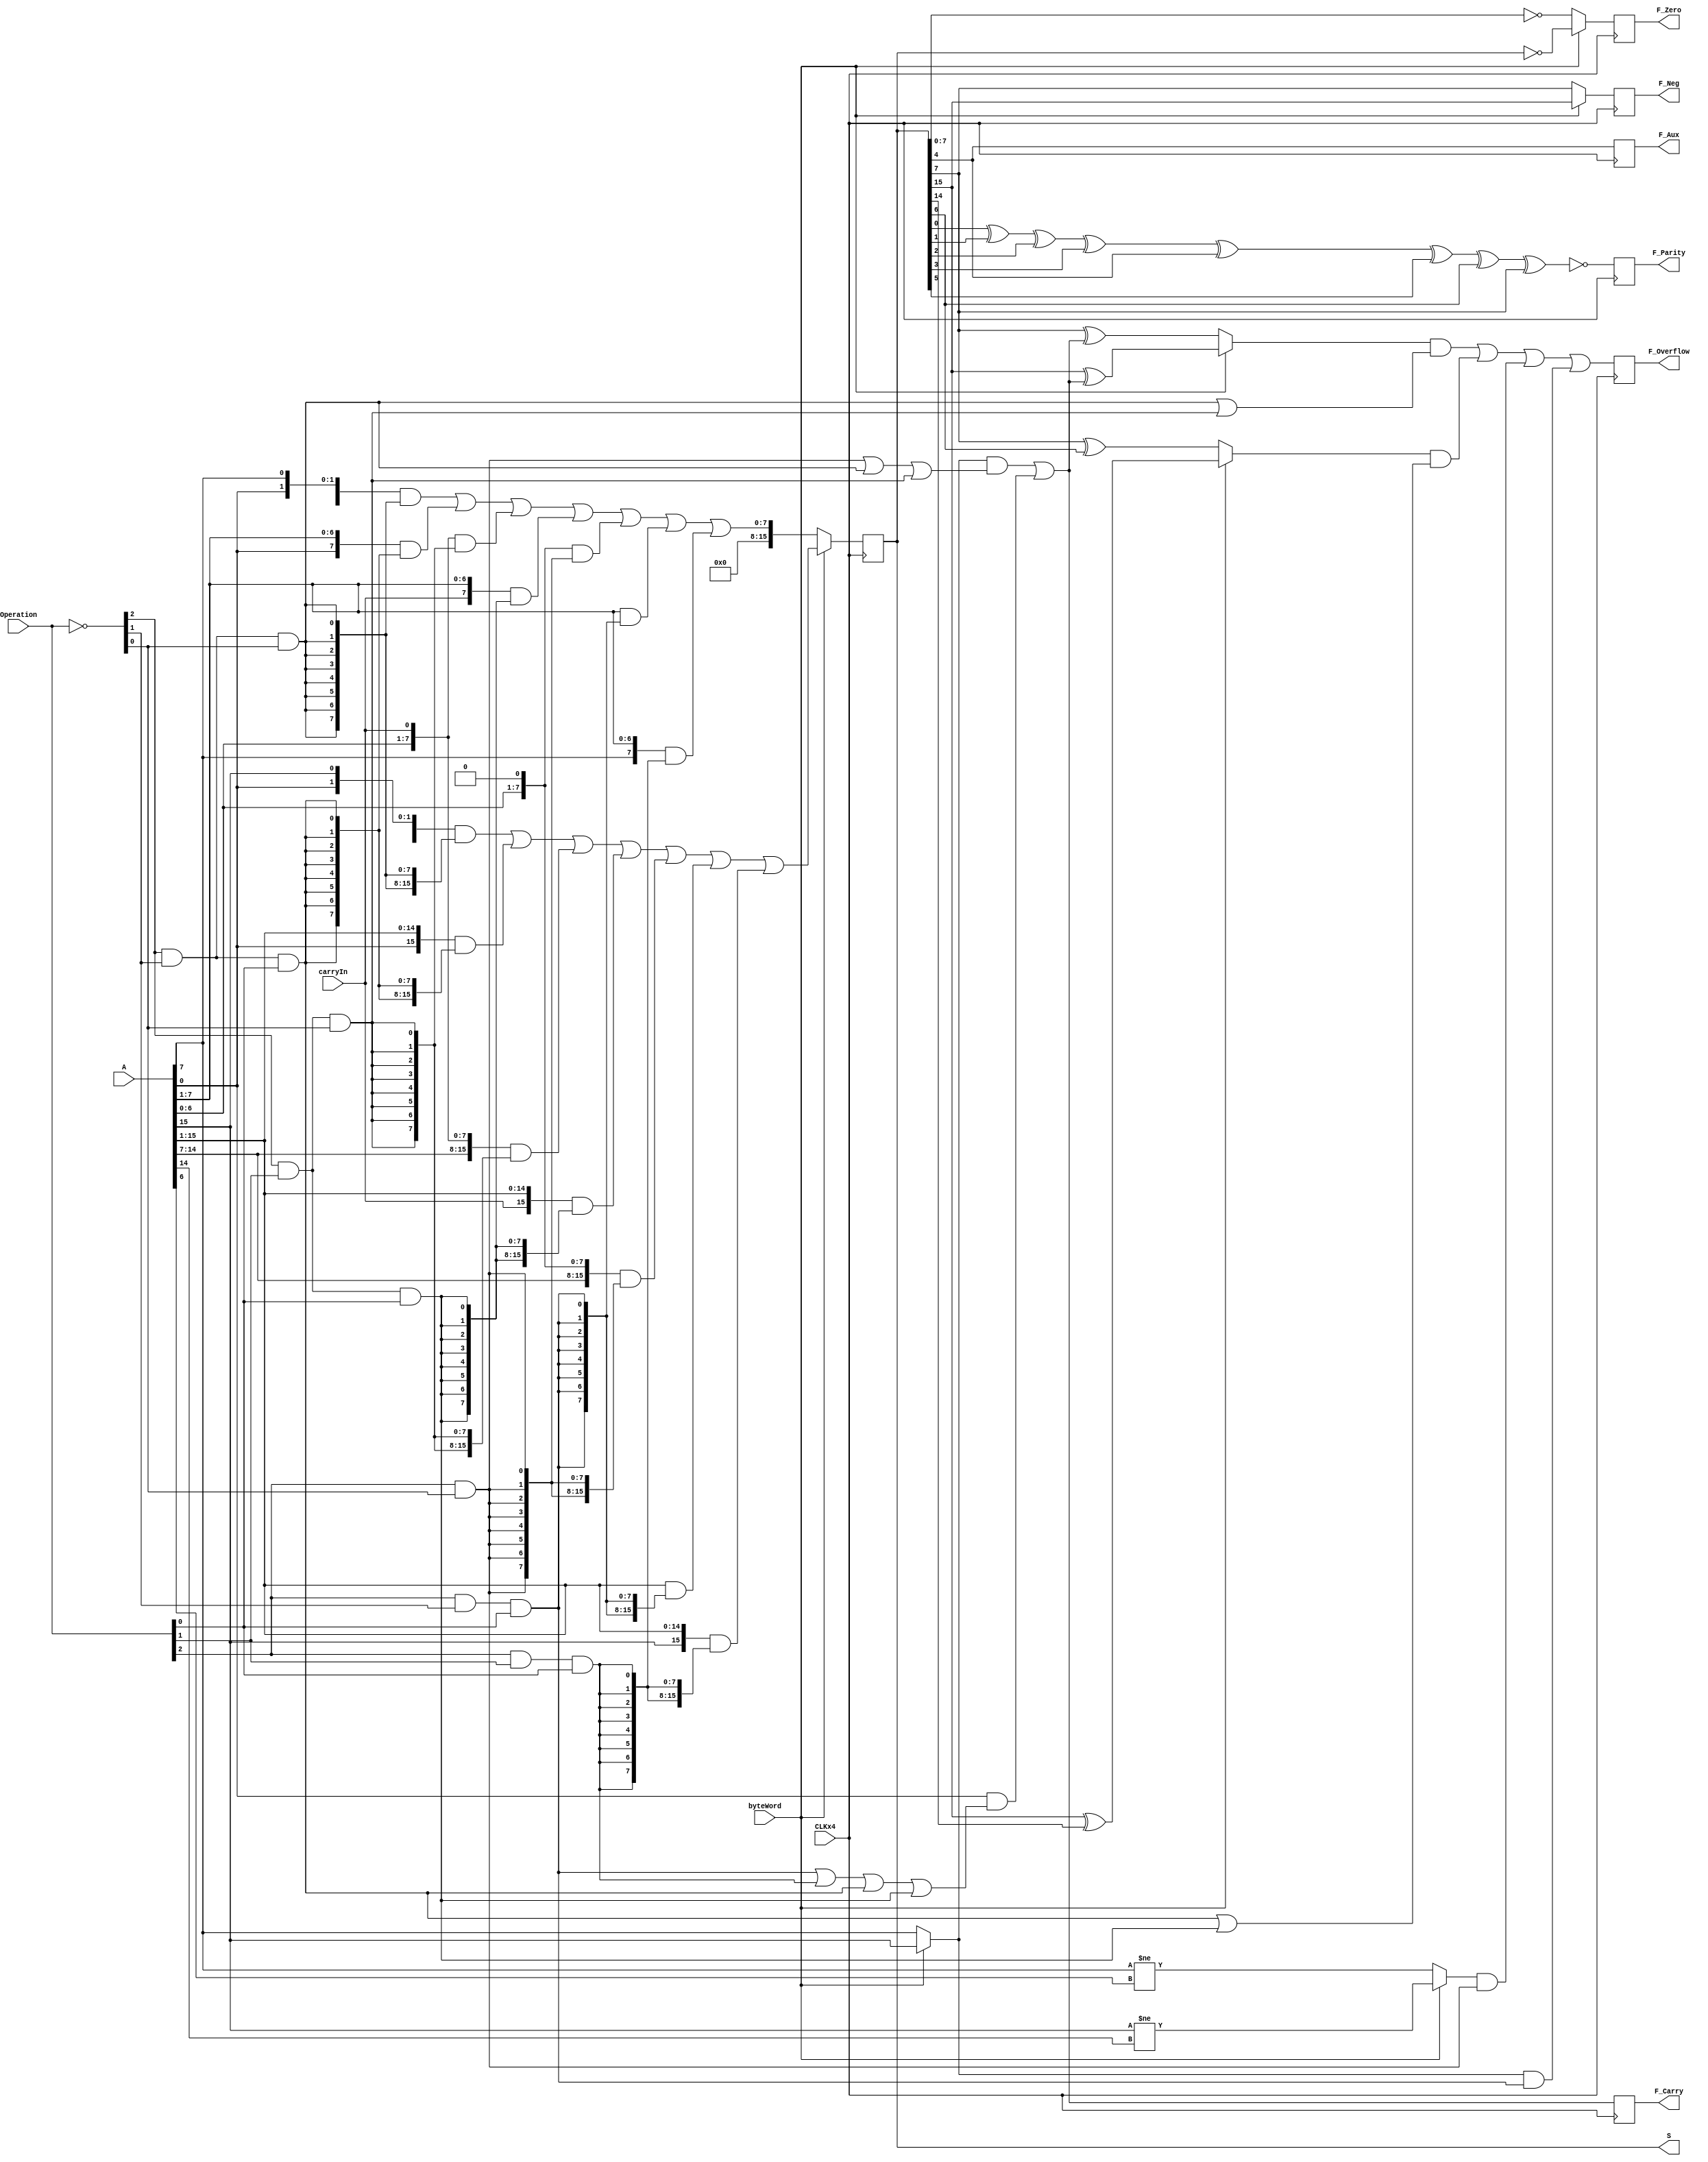

// Shifter 
// 000 ROL
// 001 ROR
// 010 RCL
// 011 RCR
// 100 SHL/SAL
// 101 SHR
// ----(SAL undocumented) SHL mirror
// 111 SAR

module shifter
  (
      input CLKx4,
      input [15:0] A,
      input [2:0] Operation,
      input byteWord,
      input carryIn,
      output reg [15:0] S,

      output reg F_Overflow,
      output reg F_Neg,
      output reg F_Zero,
      output reg F_Aux,
      output reg F_Parity,
      output reg F_Carry
  );

//Generate adder (allows us to extract multiple carries)

wire [15:0] result16;
wire [7:0] result8;

wire o,c;

wire [2:0] OperationL;
wire [15:0] OperationRol;
wire [15:0] OperationRor;
wire [15:0] OperationRcl;
wire [15:0] OperationRcr;
wire [15:0] OperationShl;
wire [15:0] OperationShr;
wire [15:0] OperationSar;

assign OperationL = ~Operation;

assign OperationRol     = {16{OperationL[2] & OperationL[1] & OperationL[0] }};
assign OperationRor     = {16{OperationL[2] & OperationL[1] & Operation [0] }};
assign OperationRcl     = {16{OperationL[2] & Operation [1] & OperationL[0] }};
assign OperationRcr     = {16{OperationL[2] & Operation [1] & Operation [0] }};
assign OperationShl     = {16{Operation [2] & /*OperationL[1] &*/ OperationL[0] }}; //4 & 6 are aliased
assign OperationShr     = {16{Operation [2] & OperationL[1] & Operation [0] }};
assign OperationSar     = {16{Operation [2] & Operation [1] & Operation [0] }};

assign result8  = 
                  ({A[ 6:0],A[7]} & OperationRol[7:0]) |      // ROL
                  ({A[0],A[ 7:1]} & OperationRor[7:0]) |      // ROR
                  ({A[ 6:0],carryIn} & OperationRcl[7:0]) |   // RCL
                  ({carryIn,A[ 7:1]} & OperationRcr[7:0]) |   // RCR
                  ({A[ 6:0],1'b0} & OperationShl[7:0]) |      // SHL/SAL
                  ({1'b0,A[ 7:1]} & OperationShr[7:0]) |      // SHR
                  ({A[7],A[ 7:1]} & OperationSar[7:0]);       // SAR
assign result16 = 
                  ({A[14:0],A[15]} & OperationRol[15:0]) |    // ROL
                  ({A[0],A[15:1]} & OperationRor[15:0]) |     // ROR
                  ({A[14:0],carryIn} & OperationRcl[15:0]) |  // RCL
                  ({carryIn,A[15:1]} & OperationRcr[15:0]) |  // RCR
                  ({A[14:0],1'b0} & OperationShl[15:0]) |     // SHL
                  ({1'b0,A[15:1]} & OperationShr[15:0]) |     // SHR
                  ({A[15],A[15:1]} & OperationSar[15:0]);     // SAR

assign o = 
            ((byteWord ? (S[15] ^ c) : (S[7] ^ c)) & (OperationRol[0] | OperationRcl[0])) |             //ROL/RCL
            ((byteWord ? (S[15] ^ S[14]) : (S[7] ^ S[6])) & (OperationRor[0] | OperationRcr[0])) |      //ROR/RCR
            ((byteWord ? (A[15]!=A[14]) : (A[7]!=A[6])) & OperationShl[0]) |                            //SHL/SAL
            ((byteWord ? A[15] : A[7]) & OperationShr[0]) |                                             //SHR
            (0 & OperationSar[0]);                                                                      //SAR

assign c = 
            ((byteWord ? A[15] : A[7]) & (OperationShl[0] | OperationRol[0] | OperationRcl[0])) |                          //SHL/SAL/ROL/RCL
            ((byteWord ? A[ 0] : A[0]) & (OperationShr[0] | OperationSar[0] | OperationRor[0] | OperationRcr[0]));         //SHR/SAR/ROR/RCR

always @(posedge CLKx4)
begin

  S <= byteWord ? result16 : {8'h00,result8};

  F_Overflow <= o;
  F_Neg <= byteWord ? S[15] : S[7];
  F_Zero <= byteWord ? (S[15:0] == 0) : (S[7:0] == 0);
  F_Aux <= S[4];
  F_Parity <= ~(S[0] ^ S[1] ^ S[2] ^ S[3] ^ S[4] ^ S[5] ^ S[6] ^ S[7]);
  F_Carry <= c;

end

endmodule